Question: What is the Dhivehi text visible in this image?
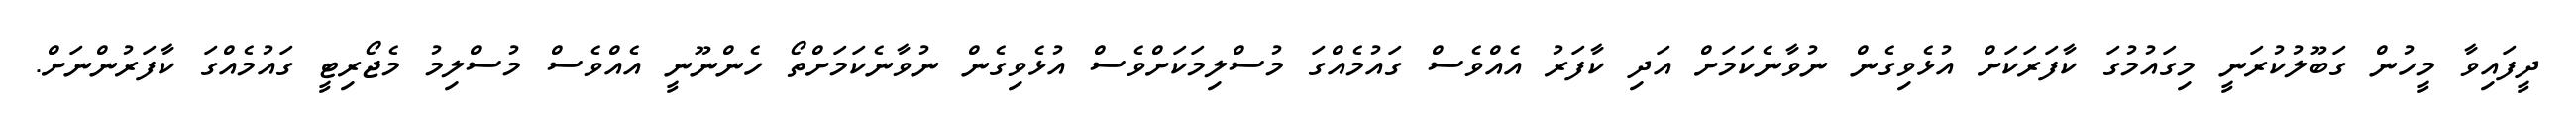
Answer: ދީފައިވާ މީހުން ގަބޫލުކުރަނީ މިގައުމުގަ ކާފަރަކަށް އުޅެވިގެން ނުވާނެކަމަށް އަދި ކާފަރު އެއްވެސް ގައުމެއްގަ މުސްލިމަކަށްވެސް އުޅެވިގެން ނުވާނެކަމަށްތޯ ހެންނޫނީ އެއްވެސް މުސްލިމު މެޖޯރިޓީ ގައުމެއްގަ ކާފަރުންނަށް.